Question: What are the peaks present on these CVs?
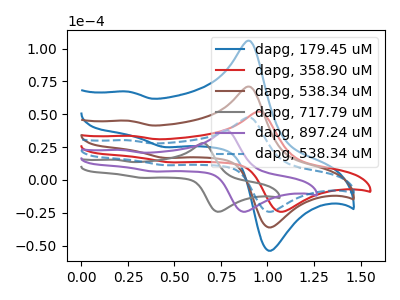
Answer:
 <answer>The blue curve "dapg, 179.45 uM" has anodic peaks at (0.90V, 141.80uA) (0.25V, 90.05uA) and cathodic peaks at (1.05V, -70.90uA) (0.45V, 33.45uA). The red curve "dapg, 358.90 uM" has anodic peaks at (0.95V, 51.95uA) (0.25V, 33.50uA) and cathodic peaks at (1.10V, -23.75uA) (0.50V, 13.40uA). The brown curve "dapg, 538.34 uM" has anodic peaks at (0.90V, 70.90uA) (0.25V, 45.05uA) and cathodic peaks at (1.05V, -35.45uA) (0.45V, 16.70uA). The gray curve "dapg, 717.79 uM" has anodic peaks at (0.65V, 28.00uA) (0.20V, 15.35uA) and cathodic peaks at (0.75V, -23.90uA) (0.35V, 1.55uA). The purple curve "dapg, 897.24 uM" has anodic peaks at (0.80V, 37.80uA) (0.20V, 22.80uA) and cathodic peaks at (0.90V, -23.85uA) (0.40V, 6.40uA). The blue dashed curve "dapg, 538.34 uM" has anodic peaks at (0.90V, 47.55uA) (0.25V, 30.20uA) and cathodic peaks at (1.05V, -23.75uA) (0.45V, 11.20uA).</answer>
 <eval></eval>